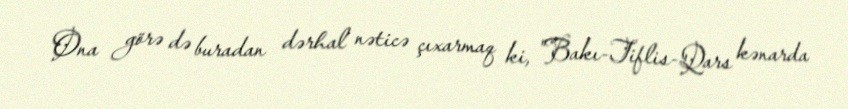
Ona görə də buradan dərhal nəticə çıxarmaq ki, "Bakı-Tiflis-Qars kənarda